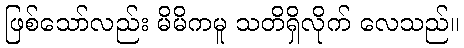
ဖြစ်သော်လည်း မိမိကမူ သတိရှိလိုက် လေသည်။